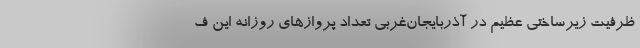
ظرفیت زیرساختی عظیم در آذربایجان‌غربی تعداد پروازهای روزانه این ف